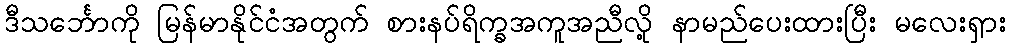
ဒီသင်္ဘောကို မြန်မာနိုင်ငံအတွက် စားနပ်ရိက္ခအကူအညီလို့ နာမည်ပေးထားပြီး မလေးရှား